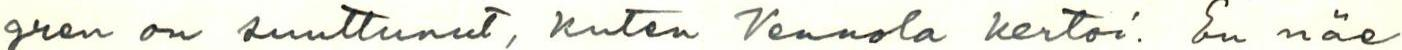
gren on suuttunut, kuten Vennola kertoi. En näe